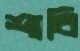
শাবি